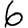
Digit: 6